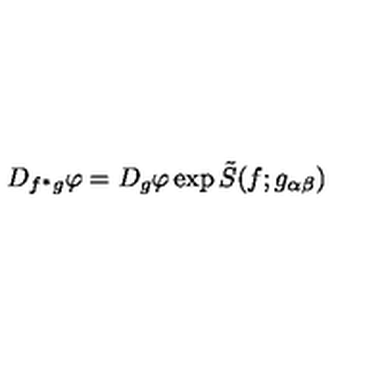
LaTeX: D _ { f ^ { \ast } g } \varphi = D _ { g } \varphi \exp { \tilde { S } ( f ; g _ { \alpha \beta } ) }